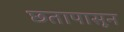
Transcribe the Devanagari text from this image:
छतापासून